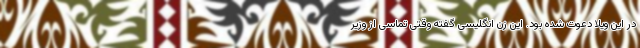
در این ویلا دعوت شده بود. این زن انگلیسی گفته وقتی تماسی از وزیر